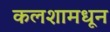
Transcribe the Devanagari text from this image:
कलशामधून